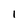
Character: 1